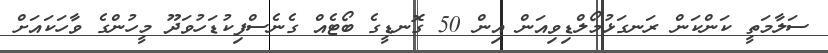
ސަލާމަތީ ކަންކަން ރަނގަޅުމޯލްޑިވިއަން އިން 50 ގޮނޑީގެ ބޯޓެއް ގެނެސްފިކުޑަހުވަދޫ މީހުންގެ ވާހަކައަށް